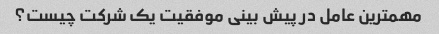
مهمترین عامل در پیش بینی موفقیت یک شرکت چیست؟